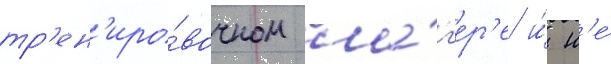
тр'ен'иро́вочном ла́г'ер'е и́ н'е́